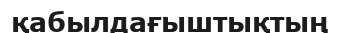
қабылдағыштықтың